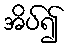
အိပ်၍